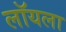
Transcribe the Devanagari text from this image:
लॉयला